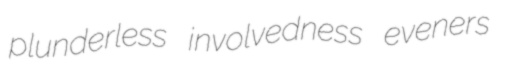
plunderless involvedness eveners